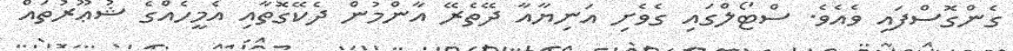
ގެންގޮސްފައި ވެއެވެ. ސްޓޯލްގައި ގެވެށި އަނިޔާއާ ދޭތެރޭ އާންމުން ދެކޭގޮތާއި އެމީހެއްގެ ޝުޢޫރުތައް